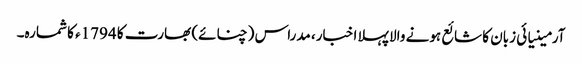
آرمینیائی زبان کا شائع ہونے والا پہلا اخبار، مدراس (چنائے) بھارت کا 1794ء کا شمارہ۔